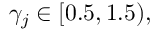
\gamma _ { j } \in [ 0 . 5 , 1 . 5 ) ,